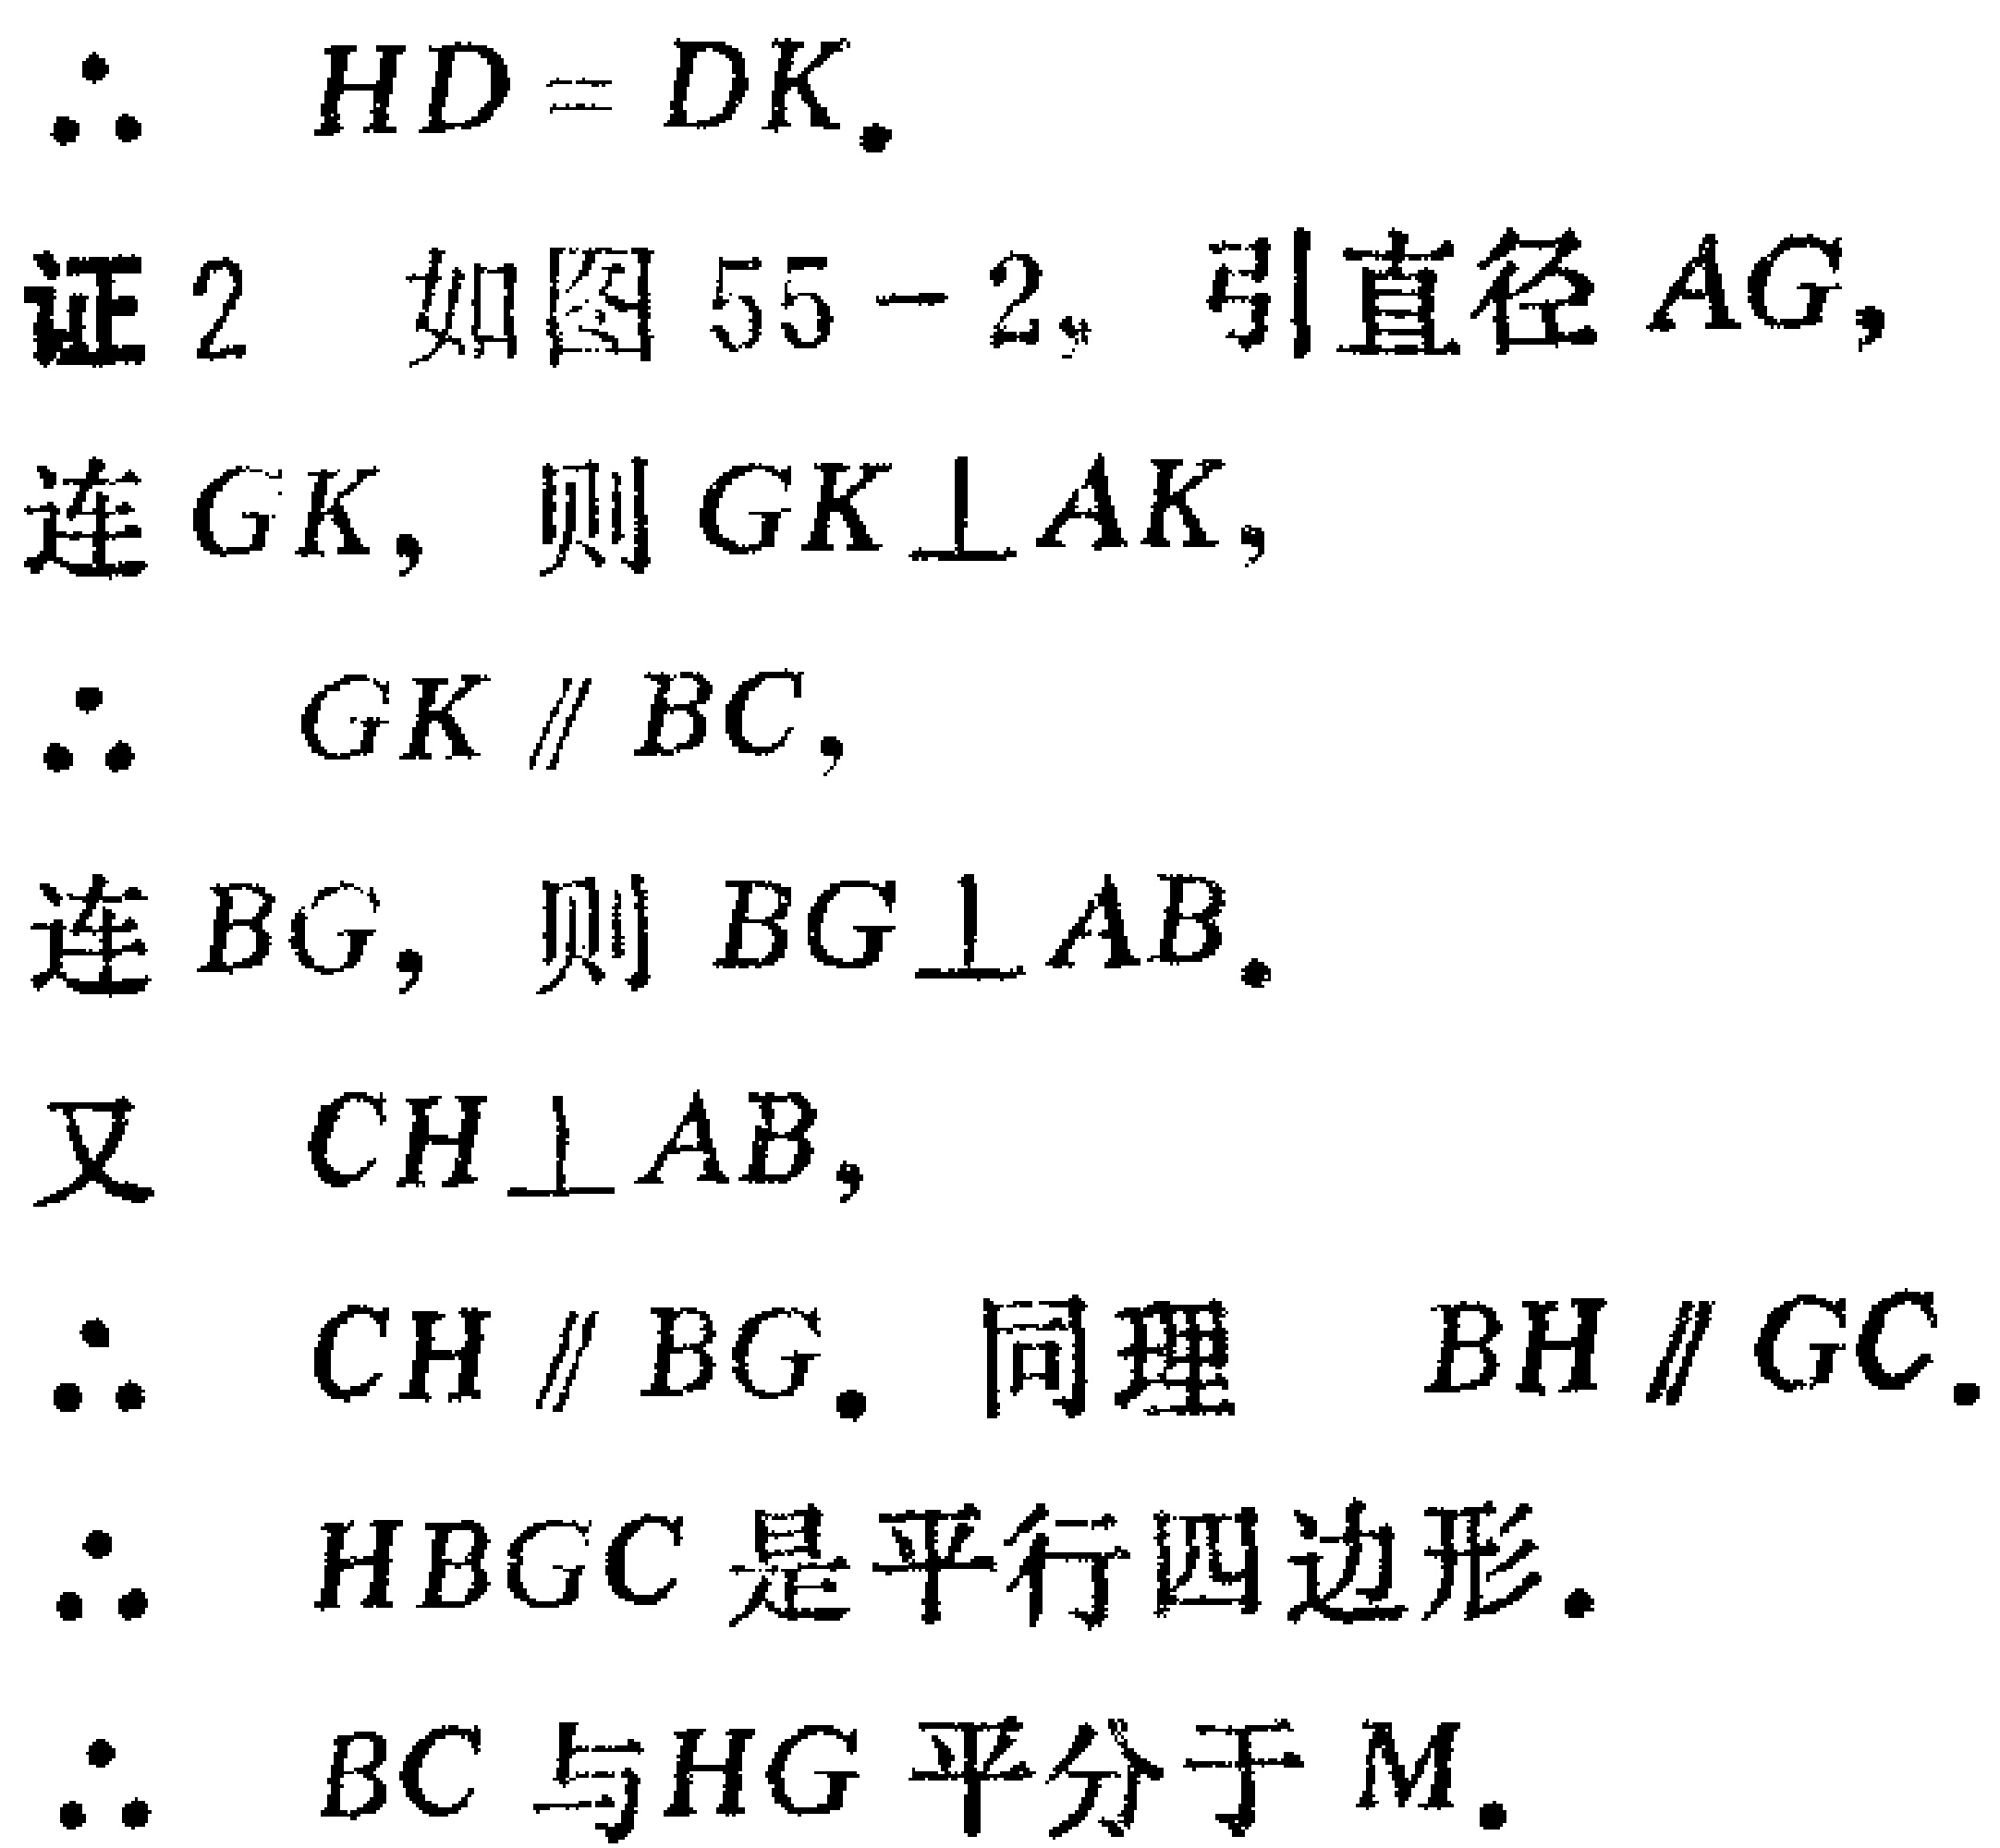
\(
\begin{align*}
&\therefore\ HD = DK.\\
&证2\ 如图55 - 2，引直径AG，\\
&连GK，则GK\perp AK，\\
&\therefore\ GK\parallel BC，\\
&连BG，则BG\perp AB.\\
&又\ CH\perp AB，\\
&\therefore\ CH\parallel BG.同理\ BH\parallel GC.\\
&\therefore\ HBGC是平行四边形.\\
&\therefore\ BC与HG平分于M.
\end{align*}
\)